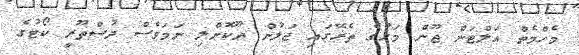
މެހްމެތް އަލްޓަން ޖޫން މަހުގެ ތެރޭގައި ޖަލުން ދޫކޮށްލި ނަަމަވެސް ދުސްތޫރީ ކޯޓުގެ